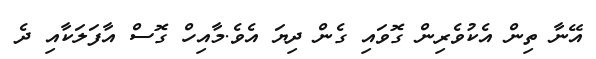
އޭނާ ތިން އެކުވެރިން ގޮވައި ގެން ދިޔަ އެވެ.މާއިހް ގޮސް އާފަލަކާއި ދެ